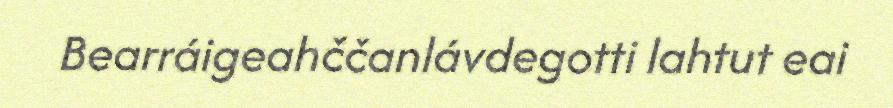
Bearráigeahččanlávdegotti lahtut eai